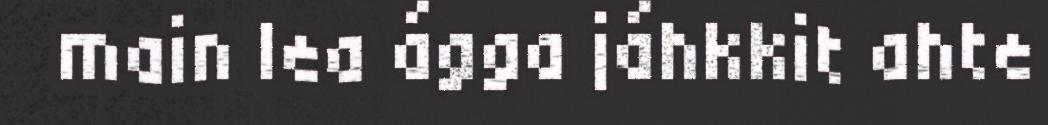
main lea ágga jáhkkit ahte